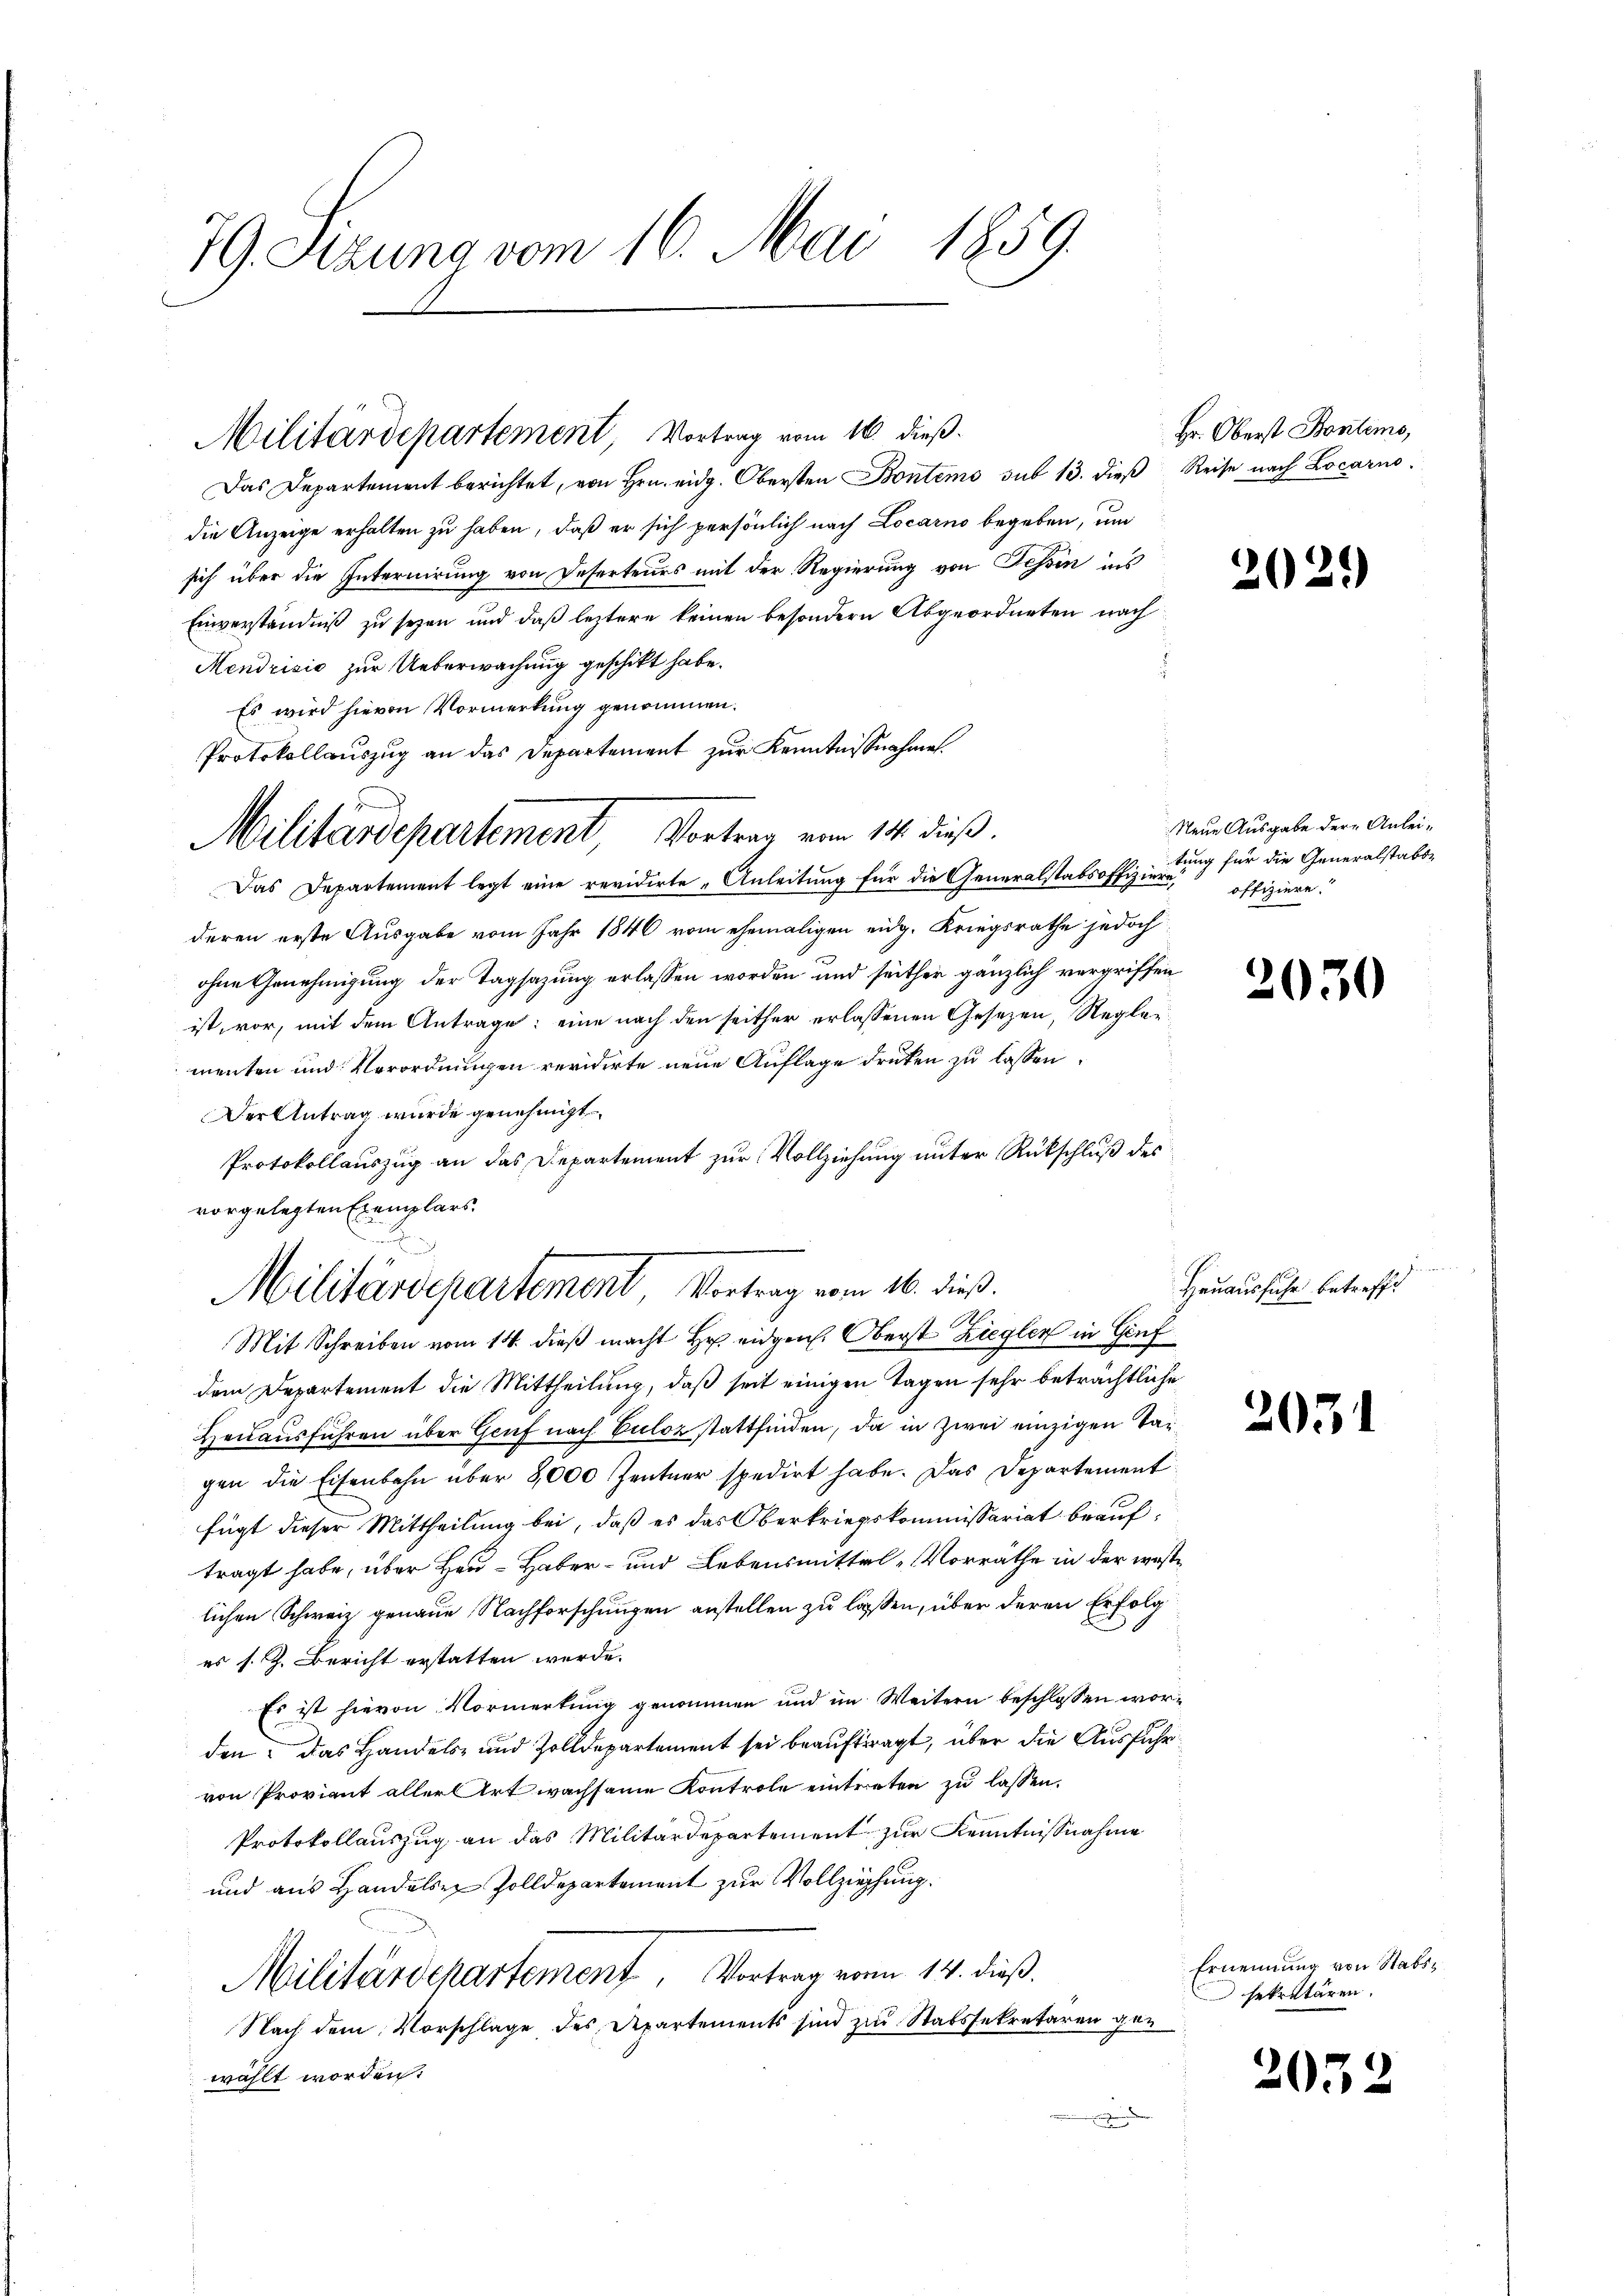
79. Sitzung vom 16. Mai 1859.

Das Departement berichtet, von Hrn. eidg. Obersten Bontems sub 13. dieß Reise nach Locarno.
die Anzeige erhalten zu haben, daß er sich persönlich nach Locarno begeben, um
sich über die Internirung von Deserteurs mit der Regierung von Tessin ins
Einverständniß zu seyen und daß leztere keinen besondern Abgeordneten nach
Mendrisis zur Ueberwachung geschickt habe.
Es wird hievon Vormerkung genommen.
Protokollauszug an das Departement zur Kenntnißnahmen.
Das Departement legt eine revidirte „Anleitung für die Generalstabsoffiziere,
deren erste Ausgabe vom Jahr 1846 vom ehemaligen eidg. Kriegsrathe jedoch
ohne Genehmigung der Tagsazung erlassen worden und seither gänzlich vergriffen
ist, vor, mit dem Antrage: eine nach den seither erlassenen Gesetzen, Regler
menten und Verordnungen revidierte neue Auflage drüken zu lassen.
Der Antrag wurde genehmigt
Protokollauszug an das Departement zur Vollziehung unter Rückschluß des
vorgelegten Exemplars.
Mit Schreiben vom 14. dieß macht Hr. eidgen. Oberst Ziegler in Genf
dem Departement die Mittheilung, daß seit einigen Tagen sehr beträchtlich
Heuausführen über Genf nach Culoz stattfinden, da in Zwei einzigen Tagen die Eisenbahn über 8000 Zentner spedirt habe. Das Departement
fügt dieser Mittheilung bei, daß es das Oberkriegskommissariat beauftragt habe, über Heu- Haber- und Lebensmittel, Vorräthe in der wa
lichen Schweiz genaue Nachforschungen anstellen zu laßen, über deren Erfolg
es s. Z. Bericht erstatten werde.
Es ist hievon Vormerkung genommen und im Weitern beschlossen worden? Das Handels- und Zolldepartement sei beauftragt, über die Ausführ
von Proviant aller Art wachsame Kontrole eintreten zu lassen.
Protokollauszug an das Militärdepartement zur Kenntnißnahme
und aus Handelsen Zolldepartement zur Vollziehung.
Militärdepartement. Vortrag vom 14. dieß.
Nach dem Vorschlage des Departements sind zur Stabssekretären gen
wählt worden.

Militärdepartement Vortrag vom 16. dieß.

Militärdepartement Vortrag vom 14. dieß.

a
Militärdepartement Vortrag vom 16. dieß.

Hr. Oberst Bontems,

2029

Neue Ausgabe der Anleitung für die Generalstabsoffiziere.

1

050

Hauausfuhr betreffe

2031

Ernennung von Stabssekretären.

2052